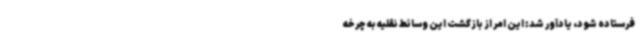
فرستاده شود، یادآور شد: این امر از بازگشت این وسائط نقلیه به چرخه